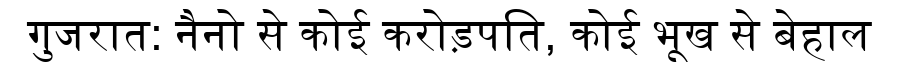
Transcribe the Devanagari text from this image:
गुजरात: नैनो से कोई करोड़पति, कोई भूख से बेहाल